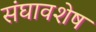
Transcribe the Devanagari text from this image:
संघावशेष